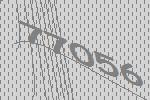
77056